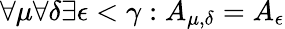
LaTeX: \forall\mu\forall\delta\exists\epsilon<\gamma:A_{\mu,\delta}=A_{\epsilon}